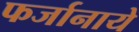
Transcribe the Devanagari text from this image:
फर्जानाये